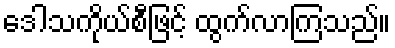
ဒေါသကိုယ်စီဖြင့် ထွက်လာကြသည်။